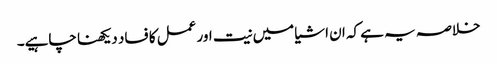
خلاصہ یہ ہے کہ ان اشیا میں نیت اور عمل کا فساد دیکھنا چاہیے۔